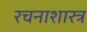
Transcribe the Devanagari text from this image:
रचनाशास्त्र